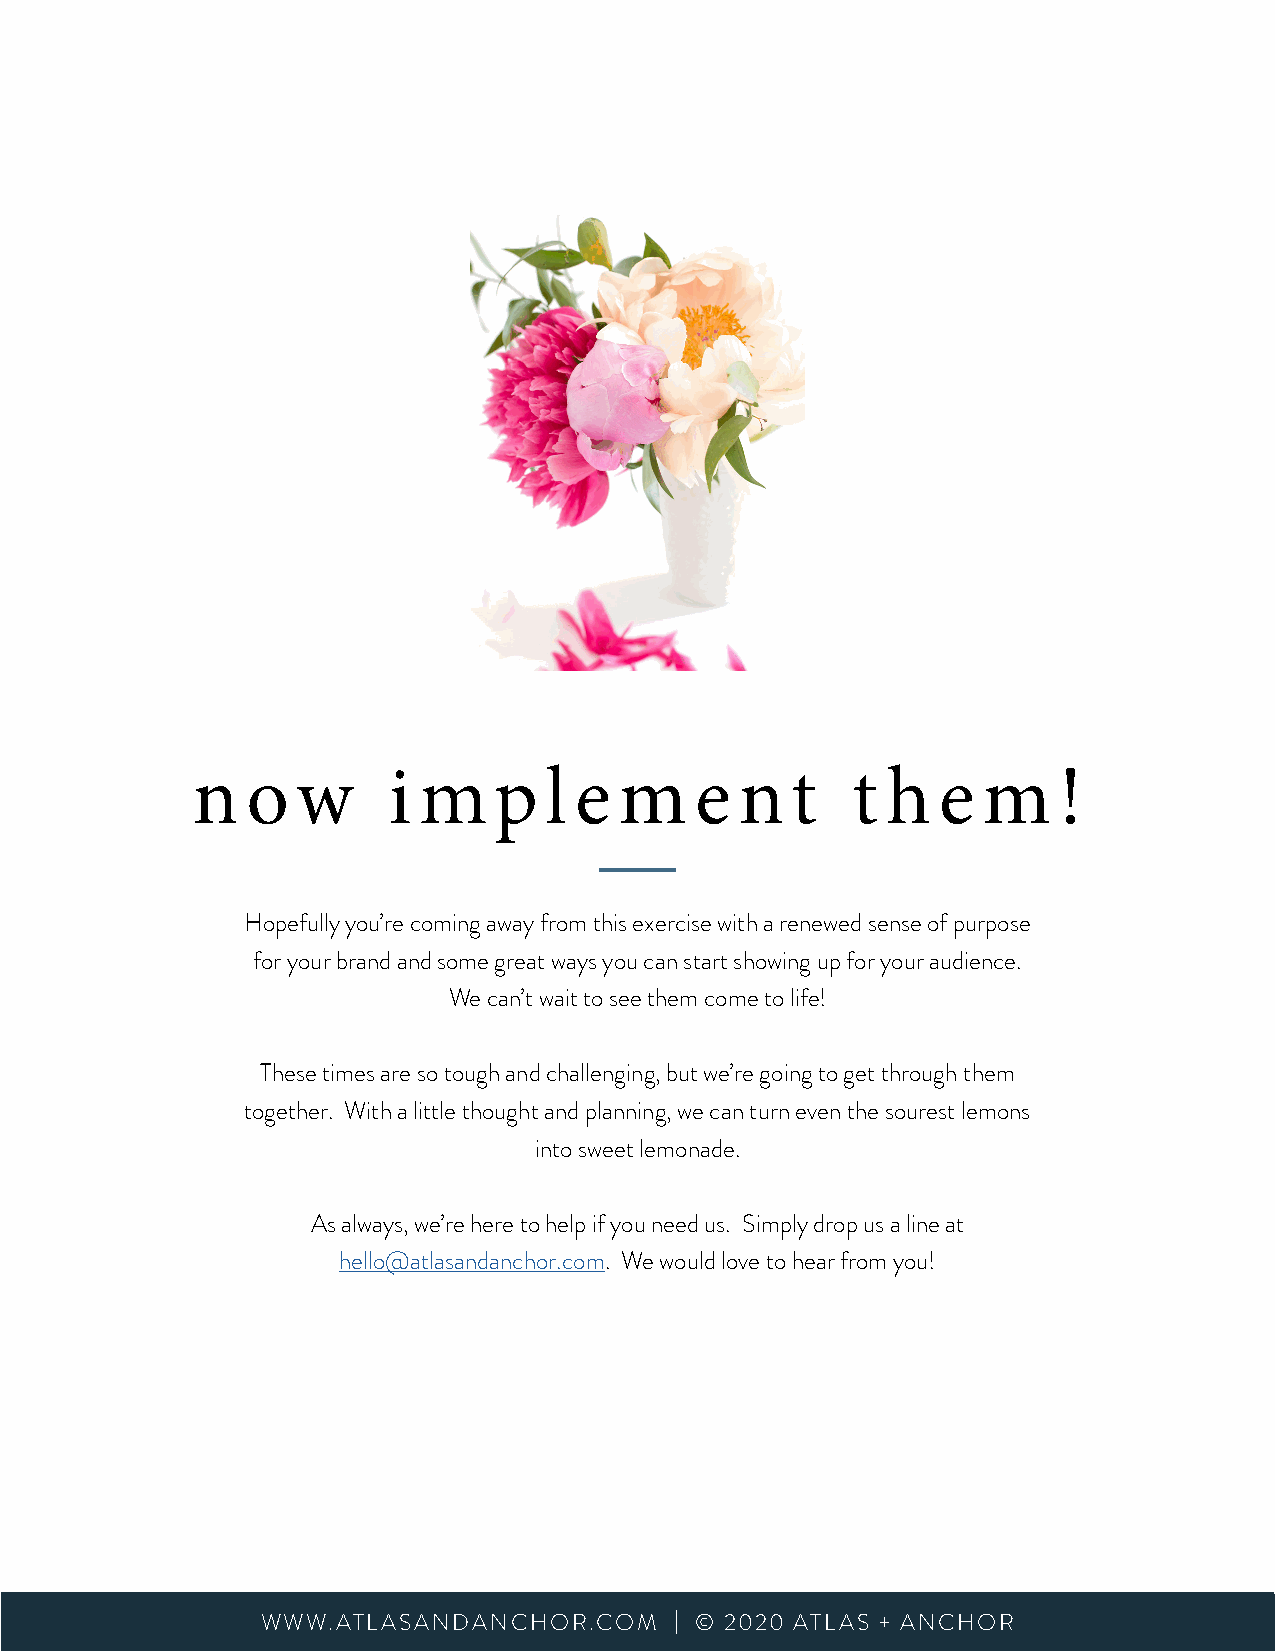
n  o   w     i m    p  l e  m    e  n  t   t  h  e  m    !
 Hopefully you’re coming away from this exercise with a renewed sense of purpose
 for your brand and some great ways you can start showing up for your audience.
 We can’t wait to see them come to life!
 These times are so tough and challenging, but we’re going to get through them
 together. With a little thought and planning, we can turn even the sourest lemons
 into sweet lemonade.
 As always, we’re here to help if you need us. Simply drop us a line at
 hello@atlasandanchor.com. We would love to hear from you!
 WWWWW.WA.TALTALSAASANNDDAANNCCHHOORR..CCOOMM || ©© 22002200 A ATTLLAAS S+ +A NACNHCOHROR